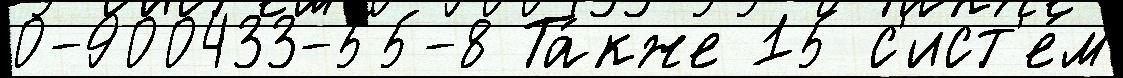
0-900433-55-8 Та́кже 15 с'ист'е́м